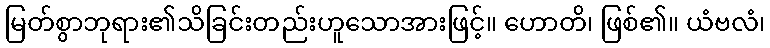
မြတ်စွာဘုရား၏သိခြင်းတည်းဟူသောအားဖြင့်။ ဟောတိ၊ ဖြစ်၏။ ယံဗလံ၊